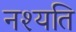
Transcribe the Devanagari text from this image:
नश्यति